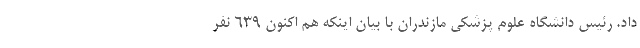
داد. رئیس دانشگاه علوم پزشکی مازندران با بیان اینکه هم اکنون ۶۳۹ نفر